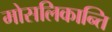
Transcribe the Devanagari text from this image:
मोसलिकान्ति